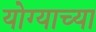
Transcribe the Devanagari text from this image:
योग्याच्या